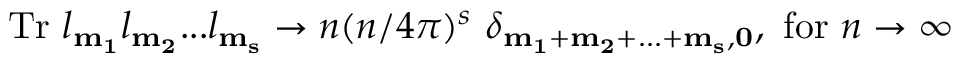
\mathrm { T r } ~ l _ { \bf m _ { 1 } } l _ { \bf m _ { 2 } } . . . l _ { \bf m _ { s } } \rightarrow n ( n / 4 \pi ) ^ { s } ~ \delta _ { \bf m _ { 1 } + m _ { 2 } + . . . + m _ { s } , 0 } , ~ \mathrm { f o r } ~ n \rightarrow \infty